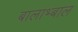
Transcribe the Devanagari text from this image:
बालाभ्बाल